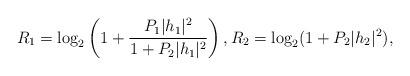
LaTeX: \begin{align*}R_1=\log_2\left(1+\frac{P_1|h_1|^2}{1+P_2|h_1|^2}\right),R_2=\log_2(1+{P_2|h_2|^2}),\end{align*}